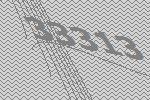
33313